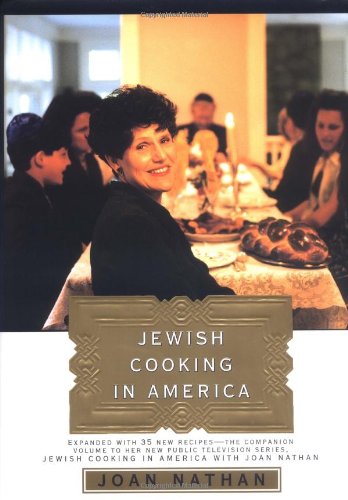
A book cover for Jewish Cooking in America: Expanded Edition (Knopf Cooks American); Joan Nathan; Cookbooks, Food & Wine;